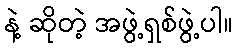
နဲ့ ဆိုတဲ့ အဖွဲ့ရှစ်ဖွဲ့ပါ။